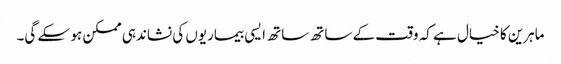
ماہرین کا خیال ہے کہ وقت کے ساتھ ساتھ ایسی بیماریوں کی نشاندہی ممکن ہو سکے گی۔